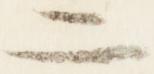
二